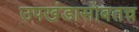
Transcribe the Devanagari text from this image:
उपखंडासोबतच